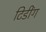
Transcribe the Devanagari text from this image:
टिडींग